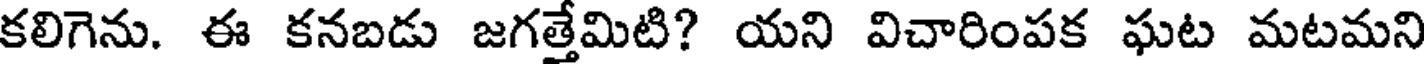
కలిగెను. ఈ కనబడు జగత్తేమిటి? యని విచారింపక ఘట మటమని